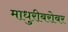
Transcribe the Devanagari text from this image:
माधुरीबरोबर